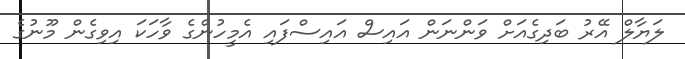
ލަޔާލް އޭރު ބަދިގެއަށް ވަންނަން އައިސް އައިސްފައި އެމީހުންގެ ވާހަކަ އިވިގެން މޫނުގެ